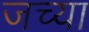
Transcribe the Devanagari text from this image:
जच्या